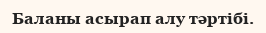
Баланы асырап алу тәртібі.